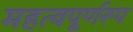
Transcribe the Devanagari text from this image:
महत्वपूर्णरूप